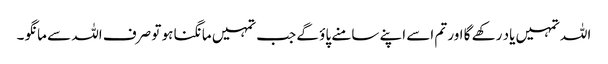
اللہ تمہیں یاد رکھے گا اور تم اسے اپنے سامنے پاؤ گے جب تمہیں مانگنا ہو تو صرف اللہ سے مانگو ۔